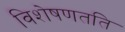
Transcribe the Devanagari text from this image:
विशेषणतति